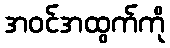
အဝင်အထွက်ကို